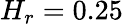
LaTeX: H_{r}=0.25